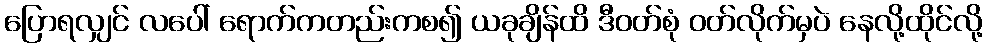
ပြောရလျှင် လပေါ် ရောက်ကတည်းကစ၍ ယခုချိန်ထိ ဒီဝတ်စုံ ဝတ်လိုက်မှပဲ နေလို့ထိုင်လို့